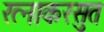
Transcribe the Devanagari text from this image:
रत्नाकरसुत